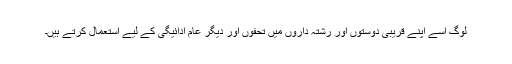
لوگ اسے اپنے قریبی دوستوں اور رشتہ داروں میں تحفوں اور دیگر عام ادائیگی کے لیے استعمال کرتے ہیں۔